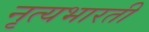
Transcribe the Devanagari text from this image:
नृत्यभारती